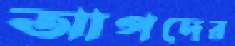
আপদের